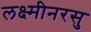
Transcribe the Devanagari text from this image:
लक्ष्मीनरसु